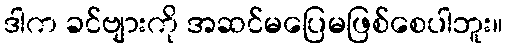
ဒါက ခင်ဗျားကို အဆင်မပြေမဖြစ်စေပါဘူး။